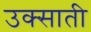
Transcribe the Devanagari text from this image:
उक्साती